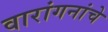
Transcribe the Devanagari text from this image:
वारांगनांचे